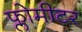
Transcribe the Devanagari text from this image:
फ्लोमीटर